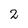
Character: 2